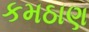
કમઠાણ